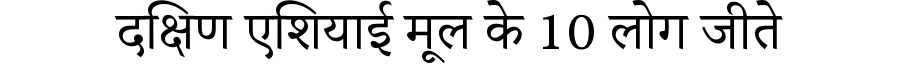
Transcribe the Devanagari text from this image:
दक्षिण एशियाई मूल के 10 लोग जीते